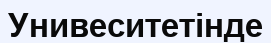
Унивеситетінде